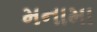
મનામા